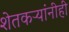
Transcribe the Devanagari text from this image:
शेतकऱ्यांनीही